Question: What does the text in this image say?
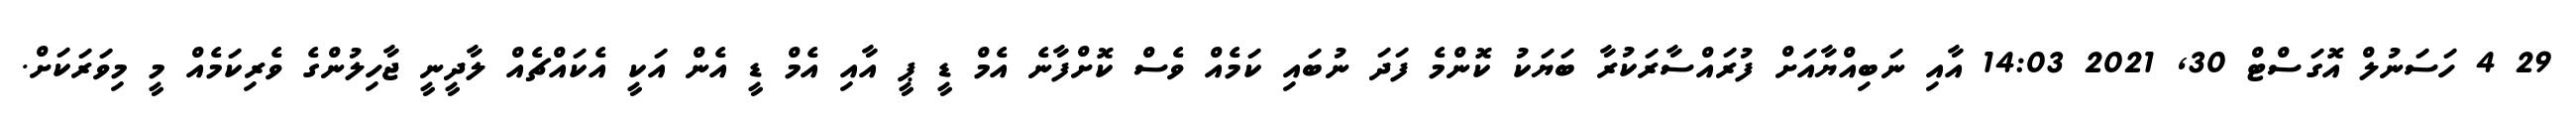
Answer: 29 4 ހަސަނުލް އޮގަސްޓް 30, 2021 14:03 އާއި ނަބިއްޔާއަށް ފުރައްސާރަކުރާ ބަޔަކު ކޮންމެ ފަދަ ނުބައި ކަމެއް ވެސް ކޮށްފާނެ އެމް ޑީ ޕީ އާއި އެމް ޑީ އެން އަކީ އެކައްޗެއް ލާދީނީ ޖާހިލުންގެ ވެރިކަމެއް މީ މިވަރަކަށް.